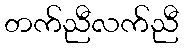
တက်ညီလက်ညီ